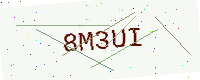
Text: 8M3UI